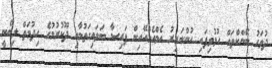
ދުވަހު ބޭންކްތައް ހުޅުވިފައި ހުންނައިރު އެމްއެމްއޭއިން ފައިސާ ބަލައިގަތުމާއި ދޫކުރުމުގެ ހިދުމަތް ލިބޭނީ